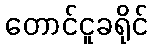
တောင်ငူခရိုင်